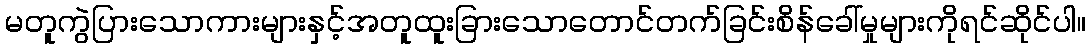
မတူကွဲပြားသောကားများနှင့်အတူထူးခြားသောတောင်တက်ခြင်းစိန်ခေါ်မှုများကိုရင်ဆိုင်ပါ။